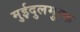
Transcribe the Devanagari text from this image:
मुईदुलमुल्क